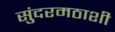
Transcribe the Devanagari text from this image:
सुंदरमठाशी